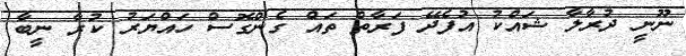
ނޫނީ ދުރާލާ ޝައްކު އުފެދޭ ފަރާތް ތައް ގެންގޮސް ހައްޔަރު ކުރާ ނީބާ